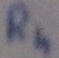
Text: R4